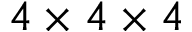
4 \times 4 \times 4